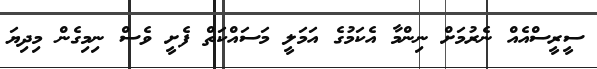
ސީރީސްއެއް ނެރުމަށް ނިންމާ އެކަމުގެ އަމަލީ މަސައްކަތް ފެށީ ވެސް ނިމިގެން މިދިޔަ